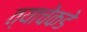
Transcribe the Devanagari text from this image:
त्याचेकडे